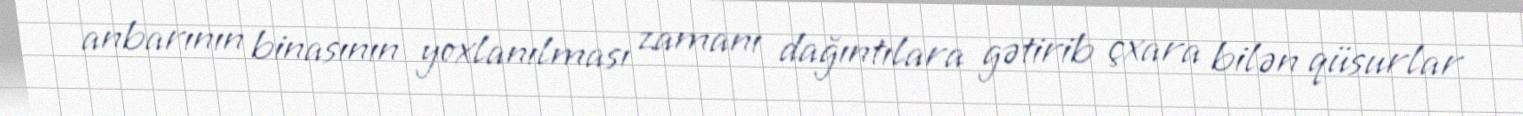
anbarının binasının yoxlanılması zamanı dağıntılara gətirib çxara bilən qüsurlar